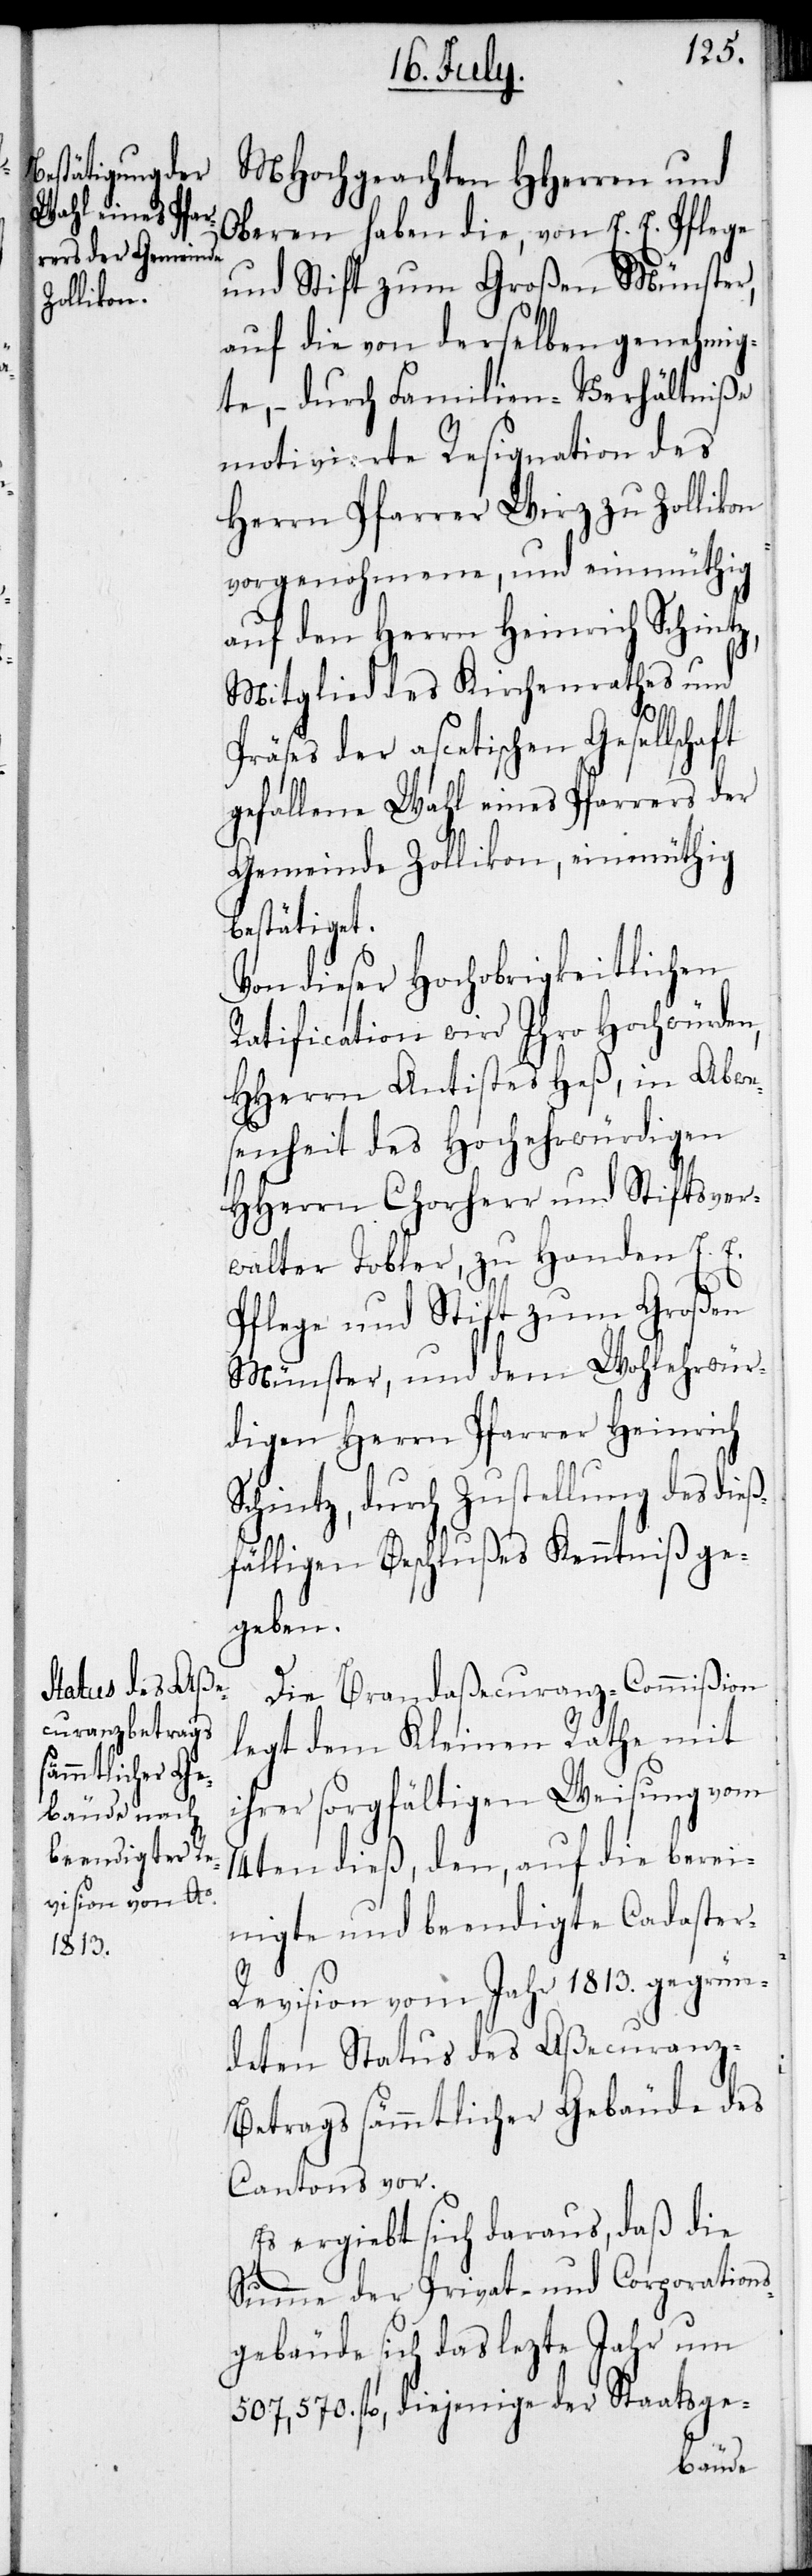
MHochgeachten HHerren und
Oberen haben die, von E. E. Pflege
und Stift zum Großen Münster,
auf die von derselben genehmig¬
te, – durch Familien-Verhältniße
motivierte Resignation des
Herrn Pfarrer Wirz zu Zollikon
vorgenohmene, und einmüthig
auf den Herrn Heinrich Schintz,
Mitglied des Kirchenrathes und
Präses der ascetischen Gesellschaft
gefallene Wahl eines Pfarrers der
Gemeinde Zollikon, einmüthig
bestätiget.
Von dieser Hochobrigkeitlichen
Ratification wird Ihro Hochwürden,
HHerrn Antistes Heß, in Abwe¬
senheit des Hochwürdigen
HHerrn Chorherr und Stiftsver¬
walter Tobler, zu Handen E. E.
Pflege und Stift zum Großen
Münster, und dem Wohlehrwür¬
digen Herrn Pfarrer Heinrich
Schintz, durch Zustellung des dieß¬
fälligen Beschlußes Kenntniß ge¬
geben.
Die Brandaßecuranz-Commißion
legt dem Kleinen Rathe mit
ihrer sorgfältigen Weisung vom
14ten dieß, den, auf die berei¬
nigte und beendigte Cataster-R¬
evision vom Jahr 1813. gegrün¬
deten Status des Aßecuranz-B¬
etrags sämmtlicher Gebäude des
Cantons vor.
Es ergiebt sich daraus, daß die
Summe der Privat- und Corporation¬
sgebäude sich das lezte Jahr um
507,570. fl., diejenige der Staatsge-